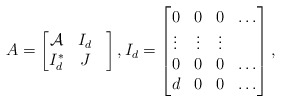
\begin{align*}A=\begin{bmatrix}\mathcal{A} & I_d \\I_d^*& J &\end{bmatrix}, I_d=\begin{bmatrix}0 & 0 & 0 & \ldots \\\vdots & \vdots & \vdots & \\0 & 0 & 0 & \ldots \\d & 0 & 0 & \ldots\end{bmatrix},\end{align*}